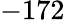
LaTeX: -172